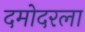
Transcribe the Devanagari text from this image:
दमोदरला